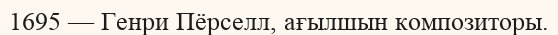
1695 — Генри Пёрселл, ағылшын композиторы.